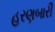
હરણબારી